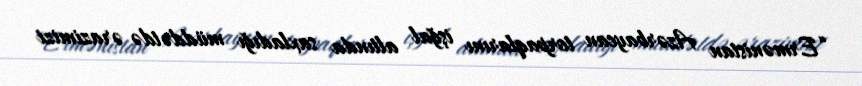
“Ermənistan Azərbaycan torpaqlarını işğal altında saxladığı müddətdə ərazimizi